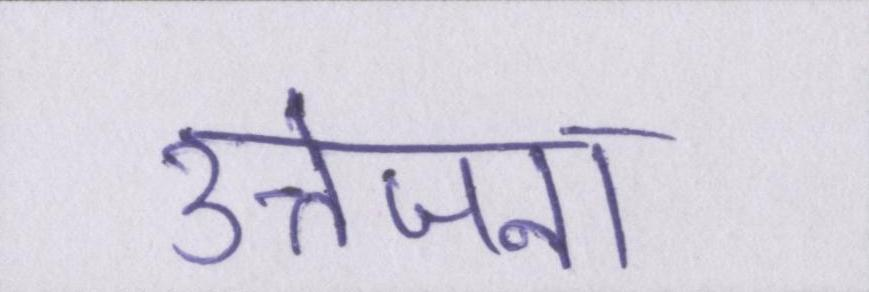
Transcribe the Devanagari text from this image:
उत्तेजना